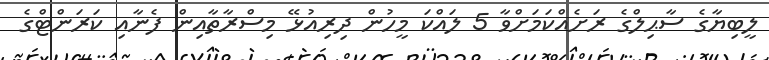
ލީބިޔާގެ ސާޙިލްގެ ރަށެއްކަމަށްވާ 5 ލައްކަ މީހުން ދިރިއުޅޭ މިސްރާތާއިން ފެނާއި ކަރަންޓްގެ